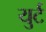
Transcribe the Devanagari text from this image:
युर्ट